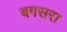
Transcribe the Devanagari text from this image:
बगसरा